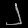
Digit: ၂